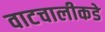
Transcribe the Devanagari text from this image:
वाटचालीकडे